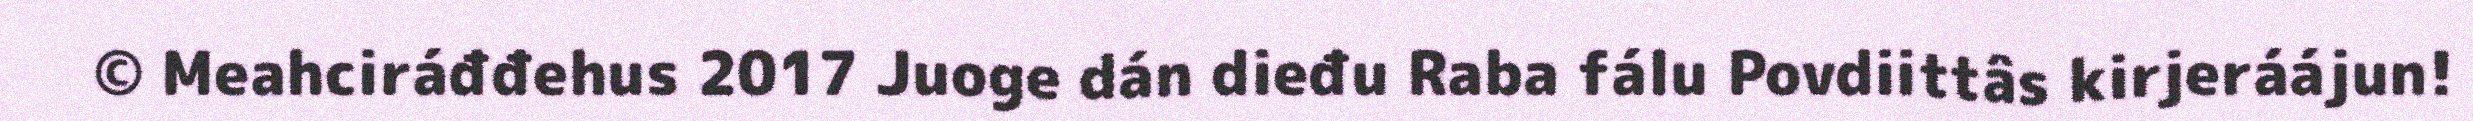
© Meahciráđđehus 2017 Juoge dán dieđu Raba fálu Povdiittâs kirjeráájun!